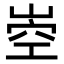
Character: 𡹝